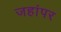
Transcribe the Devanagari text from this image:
जहांपर